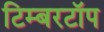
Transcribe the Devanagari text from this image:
टिम्बरटॉप